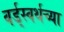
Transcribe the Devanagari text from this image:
वर्ड्‌स्वर्थच्या